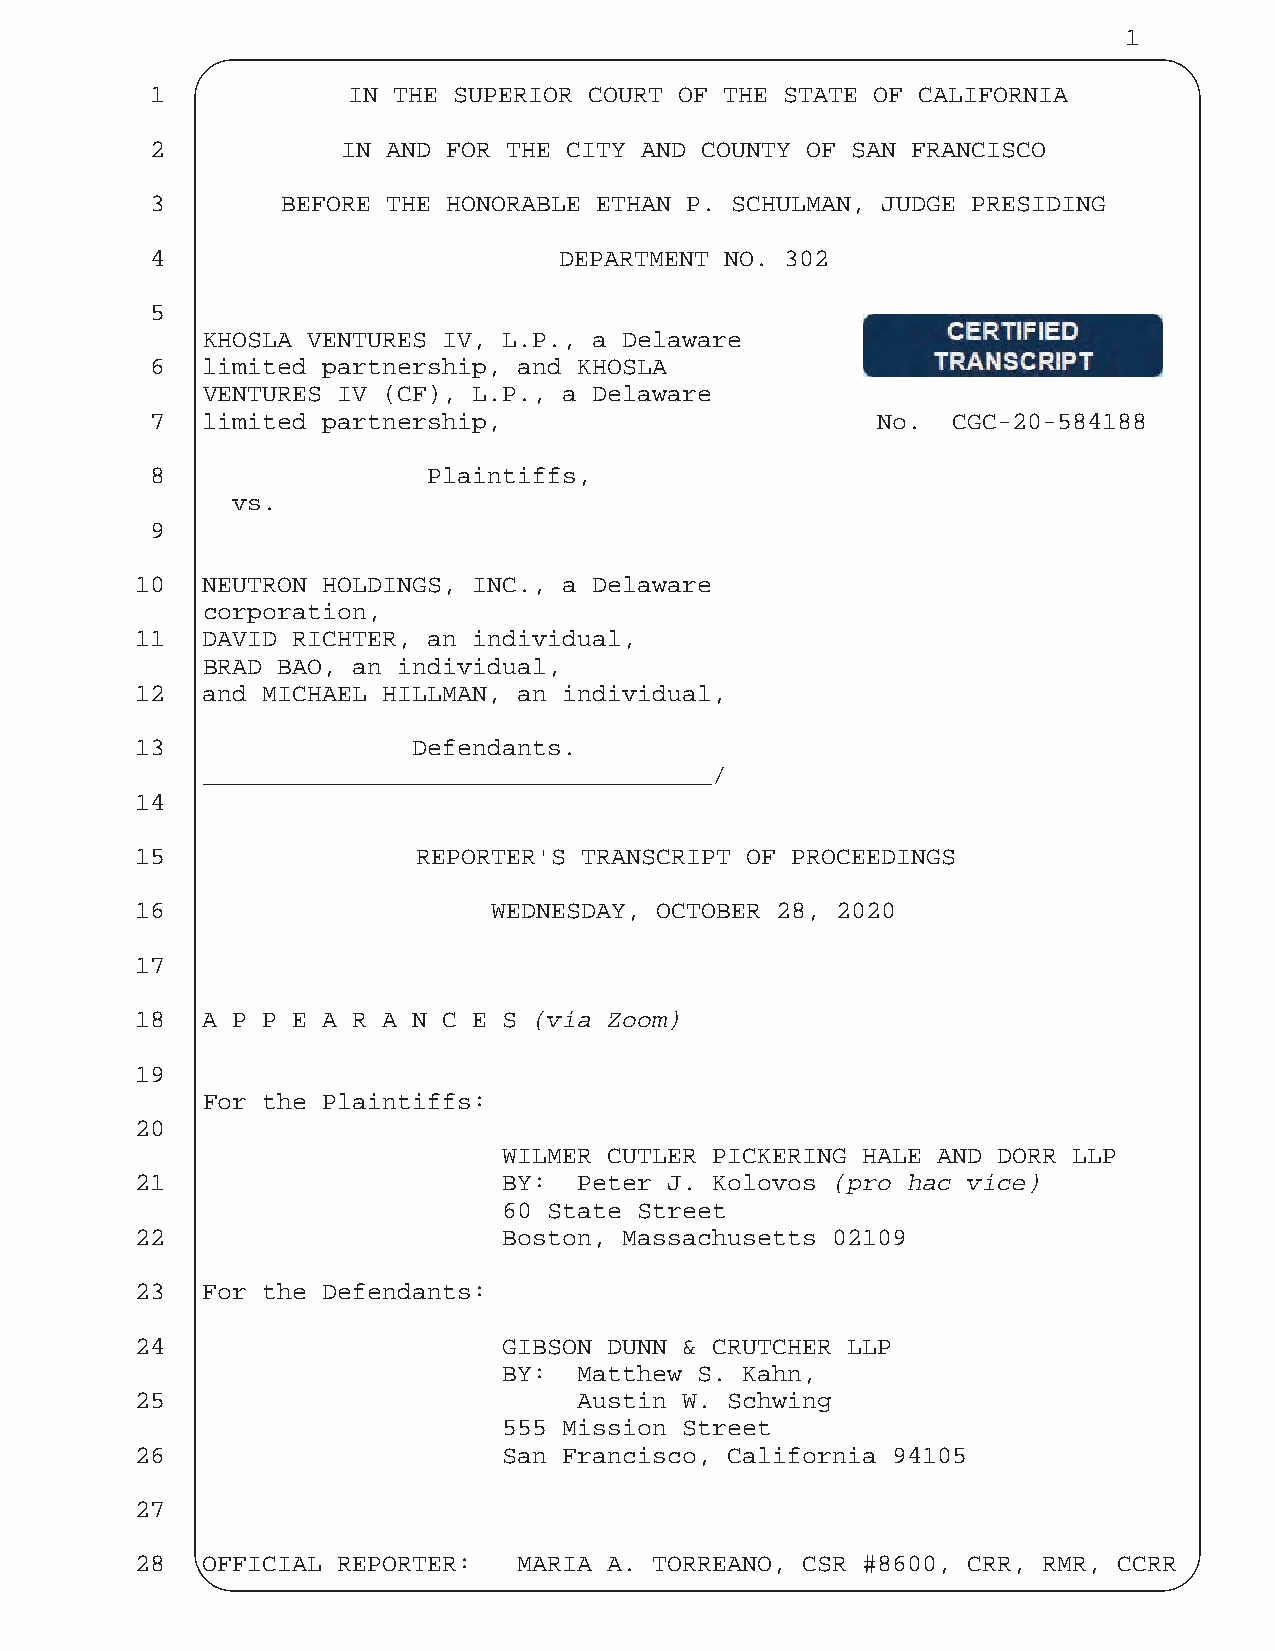
1
 1            IN THE SUPERIOR COURT OF THE STATE OF CALIFORNIA
 2            IN AND FOR THE CITY AND COUNTY OF SAN FRANCISCO
 3        BEFORE THE HONORABLE ETHAN P. SCHULMAN, JUDGE PRESIDING
 4                          DEPARTMENT NO. 302
 5
 KHOSLA VENTURES IV, L.P., a Delaware
 6  limited partnership, and KHOSLA
 VENTURES IV (CF), L.P., a Delaware
 7  limited partnership,                         No.  CGC-20-584188
 8                 Plaintiffs,
 vs.
 9
 10  NEUTRON HOLDINGS, INC., a Delaware
 corporation,
 11  DAVID RICHTER, an individual,
 BRAD BAO, an individual,
 12  and MICHAEL HILLMAN, an individual,
 13                Defendants.
 __________________________________/
 14
 15                 REPORTER'S TRANSCRIPT OF PROCEEDINGS
 16                      WEDNESDAY, OCTOBER 28, 2020
 17
 18  A P P E A R A N C E S (via Zoom)
 19
 For the Plaintiffs:
 20
 WILMER CUTLER PICKERING HALE AND DORR LLP
 21                      BY:  Peter J. Kolovos (pro hac vice)
 60 State Street
 22                      Boston, Massachusetts 02109
 23  For the Defendants:
 24                      GIBSON DUNN & CRUTCHER LLP
 BY:  Matthew S. Kahn,
 25                           Austin W. Schwing
 555 Mission Street
 26                      San Francisco, California 94105
 27
 28  OFFICIAL REPORTER:   MARIA A. TORREANO, CSR #8600, CRR, RMR, CCRR